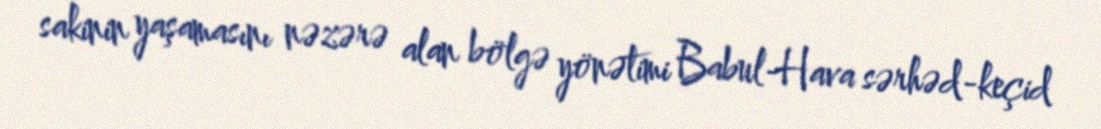
sakinin yaşamasını nəzərə alan bölgə yönətimi Babul-Hava sərhəd-keçid